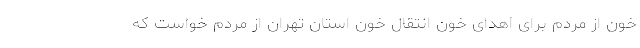
خون از مردم برای اهدای خون انتقال خون استان تهران از مردم خواست که